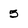
Character: 5